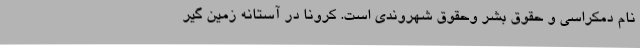
نام دمکراسی و حقوق بشر وحقوق شهروندی است. کرونا در آستانه زمین گیر